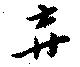
棄